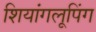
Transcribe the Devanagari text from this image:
शियांगलूपिंग